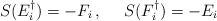
\begin{align*}S(E_i^\dagger)=-F_i\,,~~~~S(F_i^\dagger)=-E_i\end{align*}